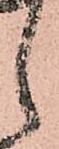
候